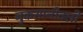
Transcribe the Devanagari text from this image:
नुकसानीतली